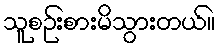
သူစဉ်းစားမိသွားတယ်။